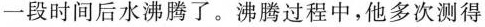
一段时间后水沸腾了。沸腾过程中，他多次测得